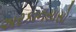
અરકાનસાસો